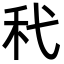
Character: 䄩